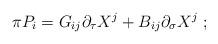
LaTeX: \begin{align*} \pi P_{i}=G_{ij}\partial_{\tau}X^{j}+B_{ij}\partial_{\sigma}X^{j}\ ;\end{align*}